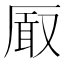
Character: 𭆐